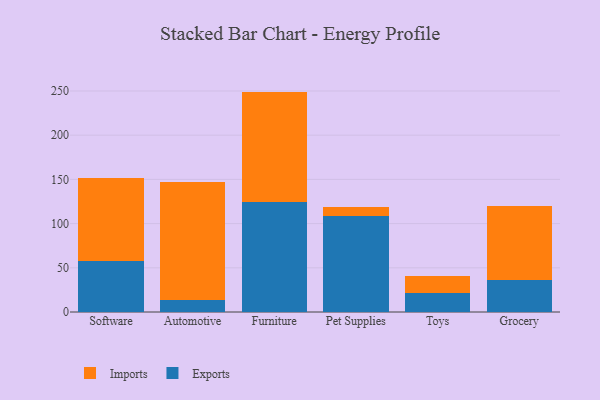
{"axis": {"x": "Category", "y": "Bounce Rate (%)"}, "legend": ["Exports", "Imports"], "data": [{"x": "Software", "y": 58.0, "type": "Exports"}, {"x": "Software", "y": 93.5, "type": "Imports"}, {"x": "Automotive", "y": 13.8, "type": "Exports"}, {"x": "Automotive", "y": 132.8, "type": "Imports"}, {"x": "Furniture", "y": 124.6, "type": "Exports"}, {"x": "Furniture", "y": 124.7, "type": "Imports"}, {"x": "Pet Supplies", "y": 108.2, "type": "Exports"}, {"x": "Pet Supplies", "y": 10.7, "type": "Imports"}, {"x": "Toys", "y": 21.7, "type": "Exports"}, {"x": "Toys", "y": 18.9, "type": "Imports"}, {"x": "Grocery", "y": 36.3, "type": "Exports"}, {"x": "Grocery", "y": 83.1, "type": "Imports"}]}